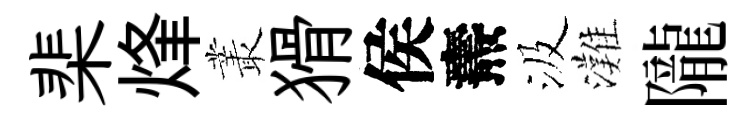
棐烽叢猾侯燾汲灘隴